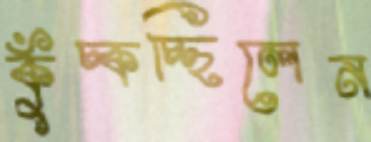
কুঁচ্‌কচ্ছিলেন